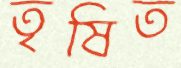
তৃষিত